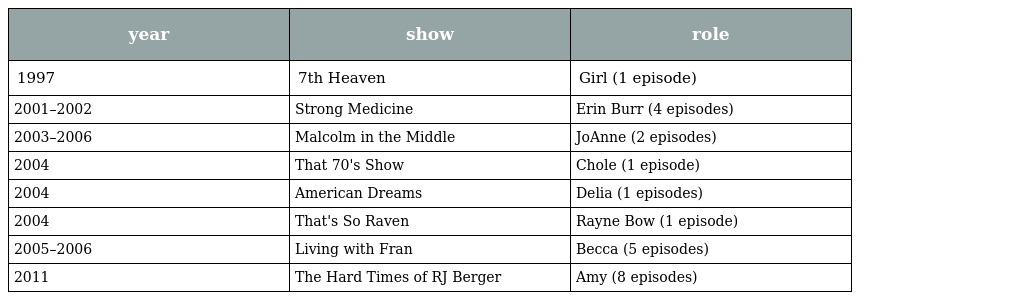
| year | show | role |
 | --- | --- | --- |
 | 1997 | 7th Heaven | Girl (1 episode) |
 | 2001–2002 | Strong Medicine | Erin Burr (4 episodes) |
 | 2003–2006 | Malcolm in the Middle | JoAnne (2 episodes) |
 | 2004 | That 70's Show | Chole (1 episode) |
 | 2004 | American Dreams | Delia (1 episodes) |
 | 2004 | That's So Raven | Rayne Bow (1 episode) |
 | 2005–2006 | Living with Fran | Becca (5 episodes) |
 | 2011 | The Hard Times of RJ Berger | Amy (8 episodes) |